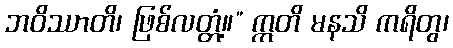
ဘဝိဿာတိ၊ ဖြစ်လတ္တံ့။” ဣတိ မနသိ ကရိတွ၊